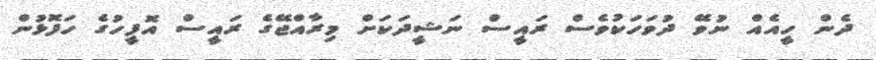
ދެން ހީއެއް ނުވޭ ދުވަހަކުވެސް ރައީސް ނަޝީދަކަށް މިރާއްޖޭގެ ރައީސް އޮފީހުގެ ހަފޮޅުން